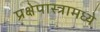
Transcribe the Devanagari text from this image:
प्रक्षेपास्त्रामध्ये